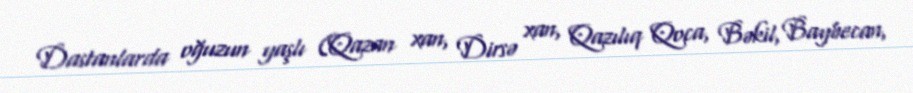
Dastanlarda oğuzun yaşlı (Qazan xan, Dirsə xan, Qazılıq Qoca, Bəkil, Baybecan,